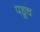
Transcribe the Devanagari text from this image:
पडूच